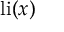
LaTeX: \operatorname { l i } ( x )